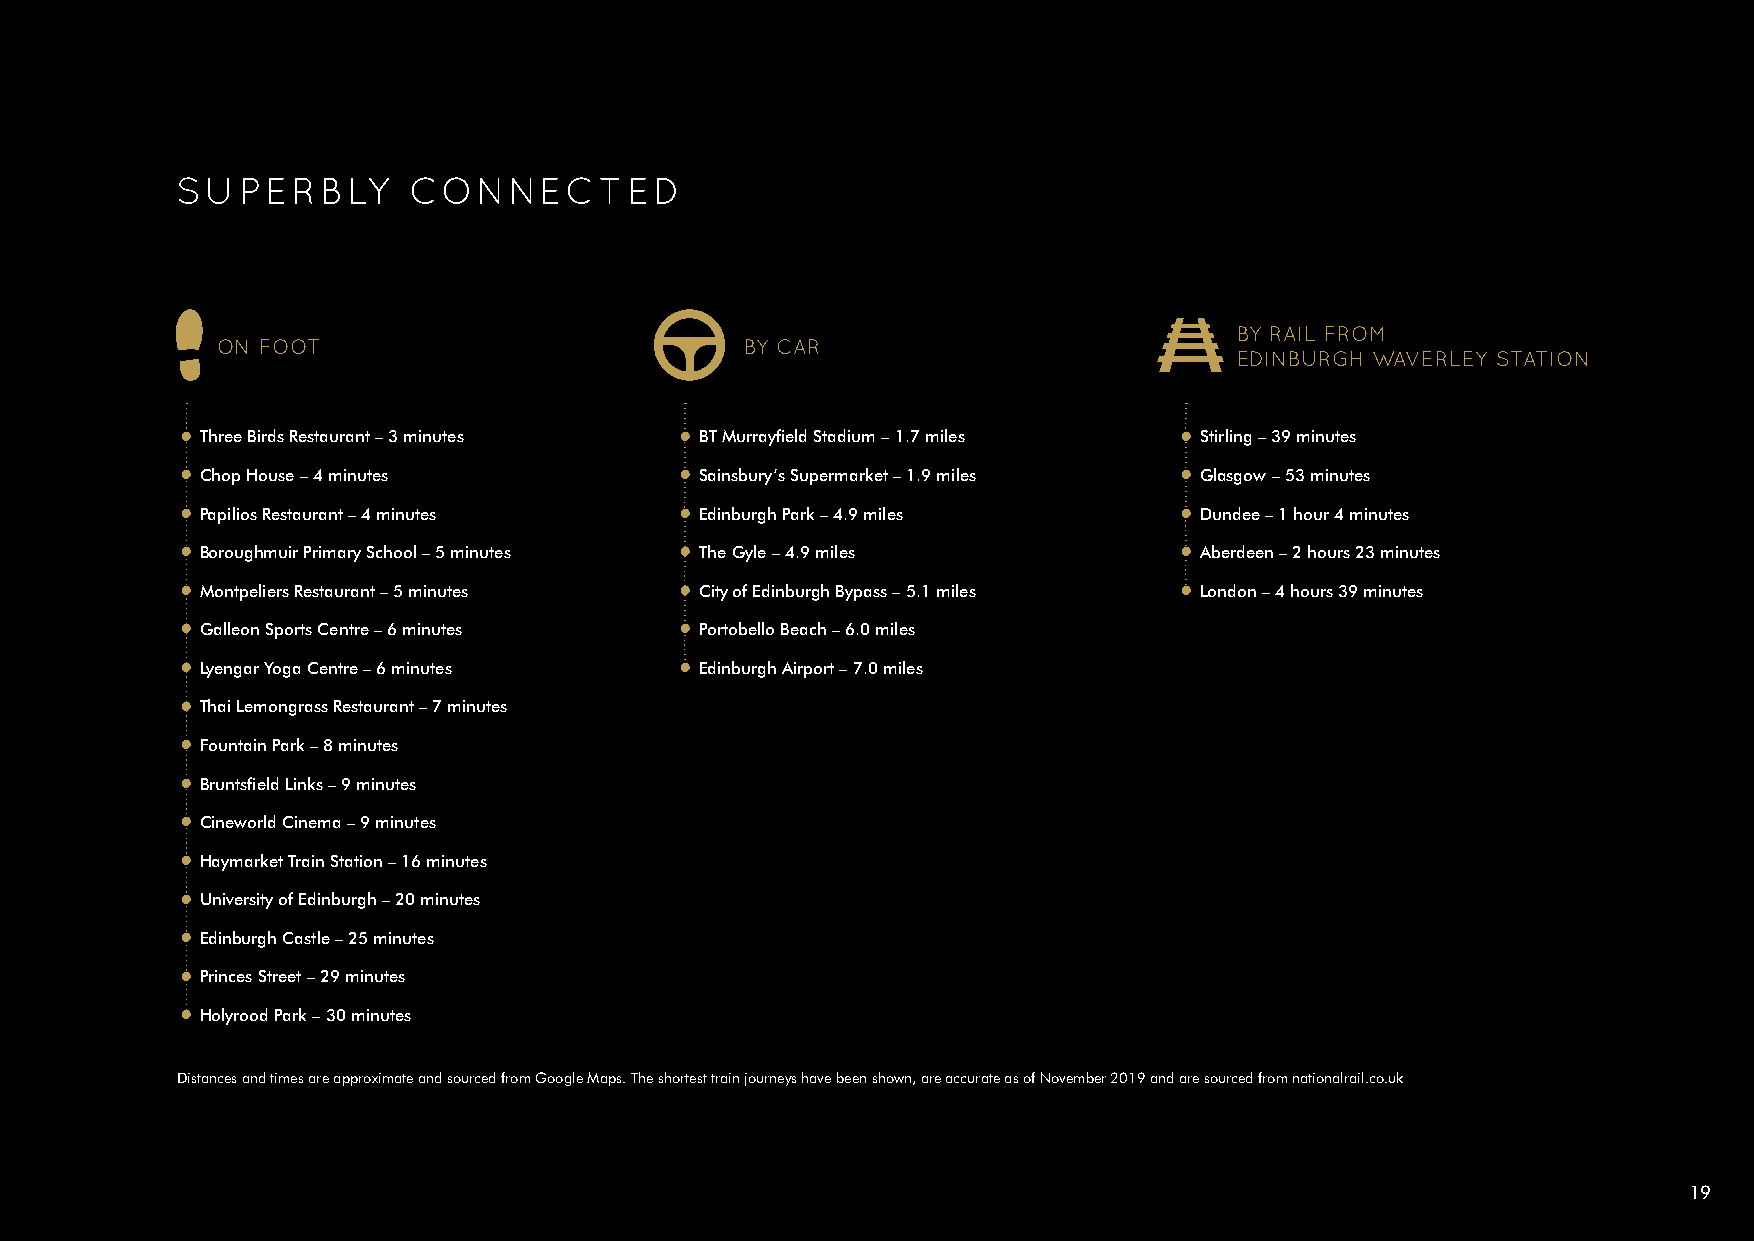
SUPERBLY       CONNECTED
 BY RAIL FROM
 ON FOOT                            BY CAR
 EDINBURGH WAVERLEY STATION
 • Three Birds Restaurant – 3 minutes • BT Murrayfield Stadium – 1.7 miles • Stirling – 39 minutes
 • Chop House – 4 minutes         • Sainsbury’s Supermarket – 1.9 miles • Glasgow – 53 minutes
 • Papilios Restaurant – 4 minutes • Edinburgh Park – 4.9 miles    • Dundee – 1 hour 4 minutes
 • Boroughmuir Primary School – 5 minutes • The Gyle – 4.9 miles   • Aberdeen – 2 hours 23 minutes
 • Montpeliers Restaurant – 5 minutes • City of Edinburgh Bypass – 5.1 miles • London – 4 hours 39 minutes
 • Galleon Sports Centre – 6 minutes • Portobello Beach – 6.0 miles
 • Lyengar Yoga Centre – 6 minutes • Edinburgh Airport – 7.0 miles
 • Thai Lemongrass Restaurant – 7 minutes
 • Fountain Park – 8 minutes
 • Bruntsfield Links – 9 minutes
 • Cineworld Cinema – 9 minutes
 • Haymarket Train Station – 16 minutes
 • University of Edinburgh – 20 minutes
 • Edinburgh Castle – 25 minutes
 • Princes Street – 29 minutes
 • Holyrood Park – 30 minutes
 Distances and times are approximate and sourced from Google Maps. The shortest train journeys have been shown, are accurate as of November 2019 and are sourced from nationalrail.co.uk
 19